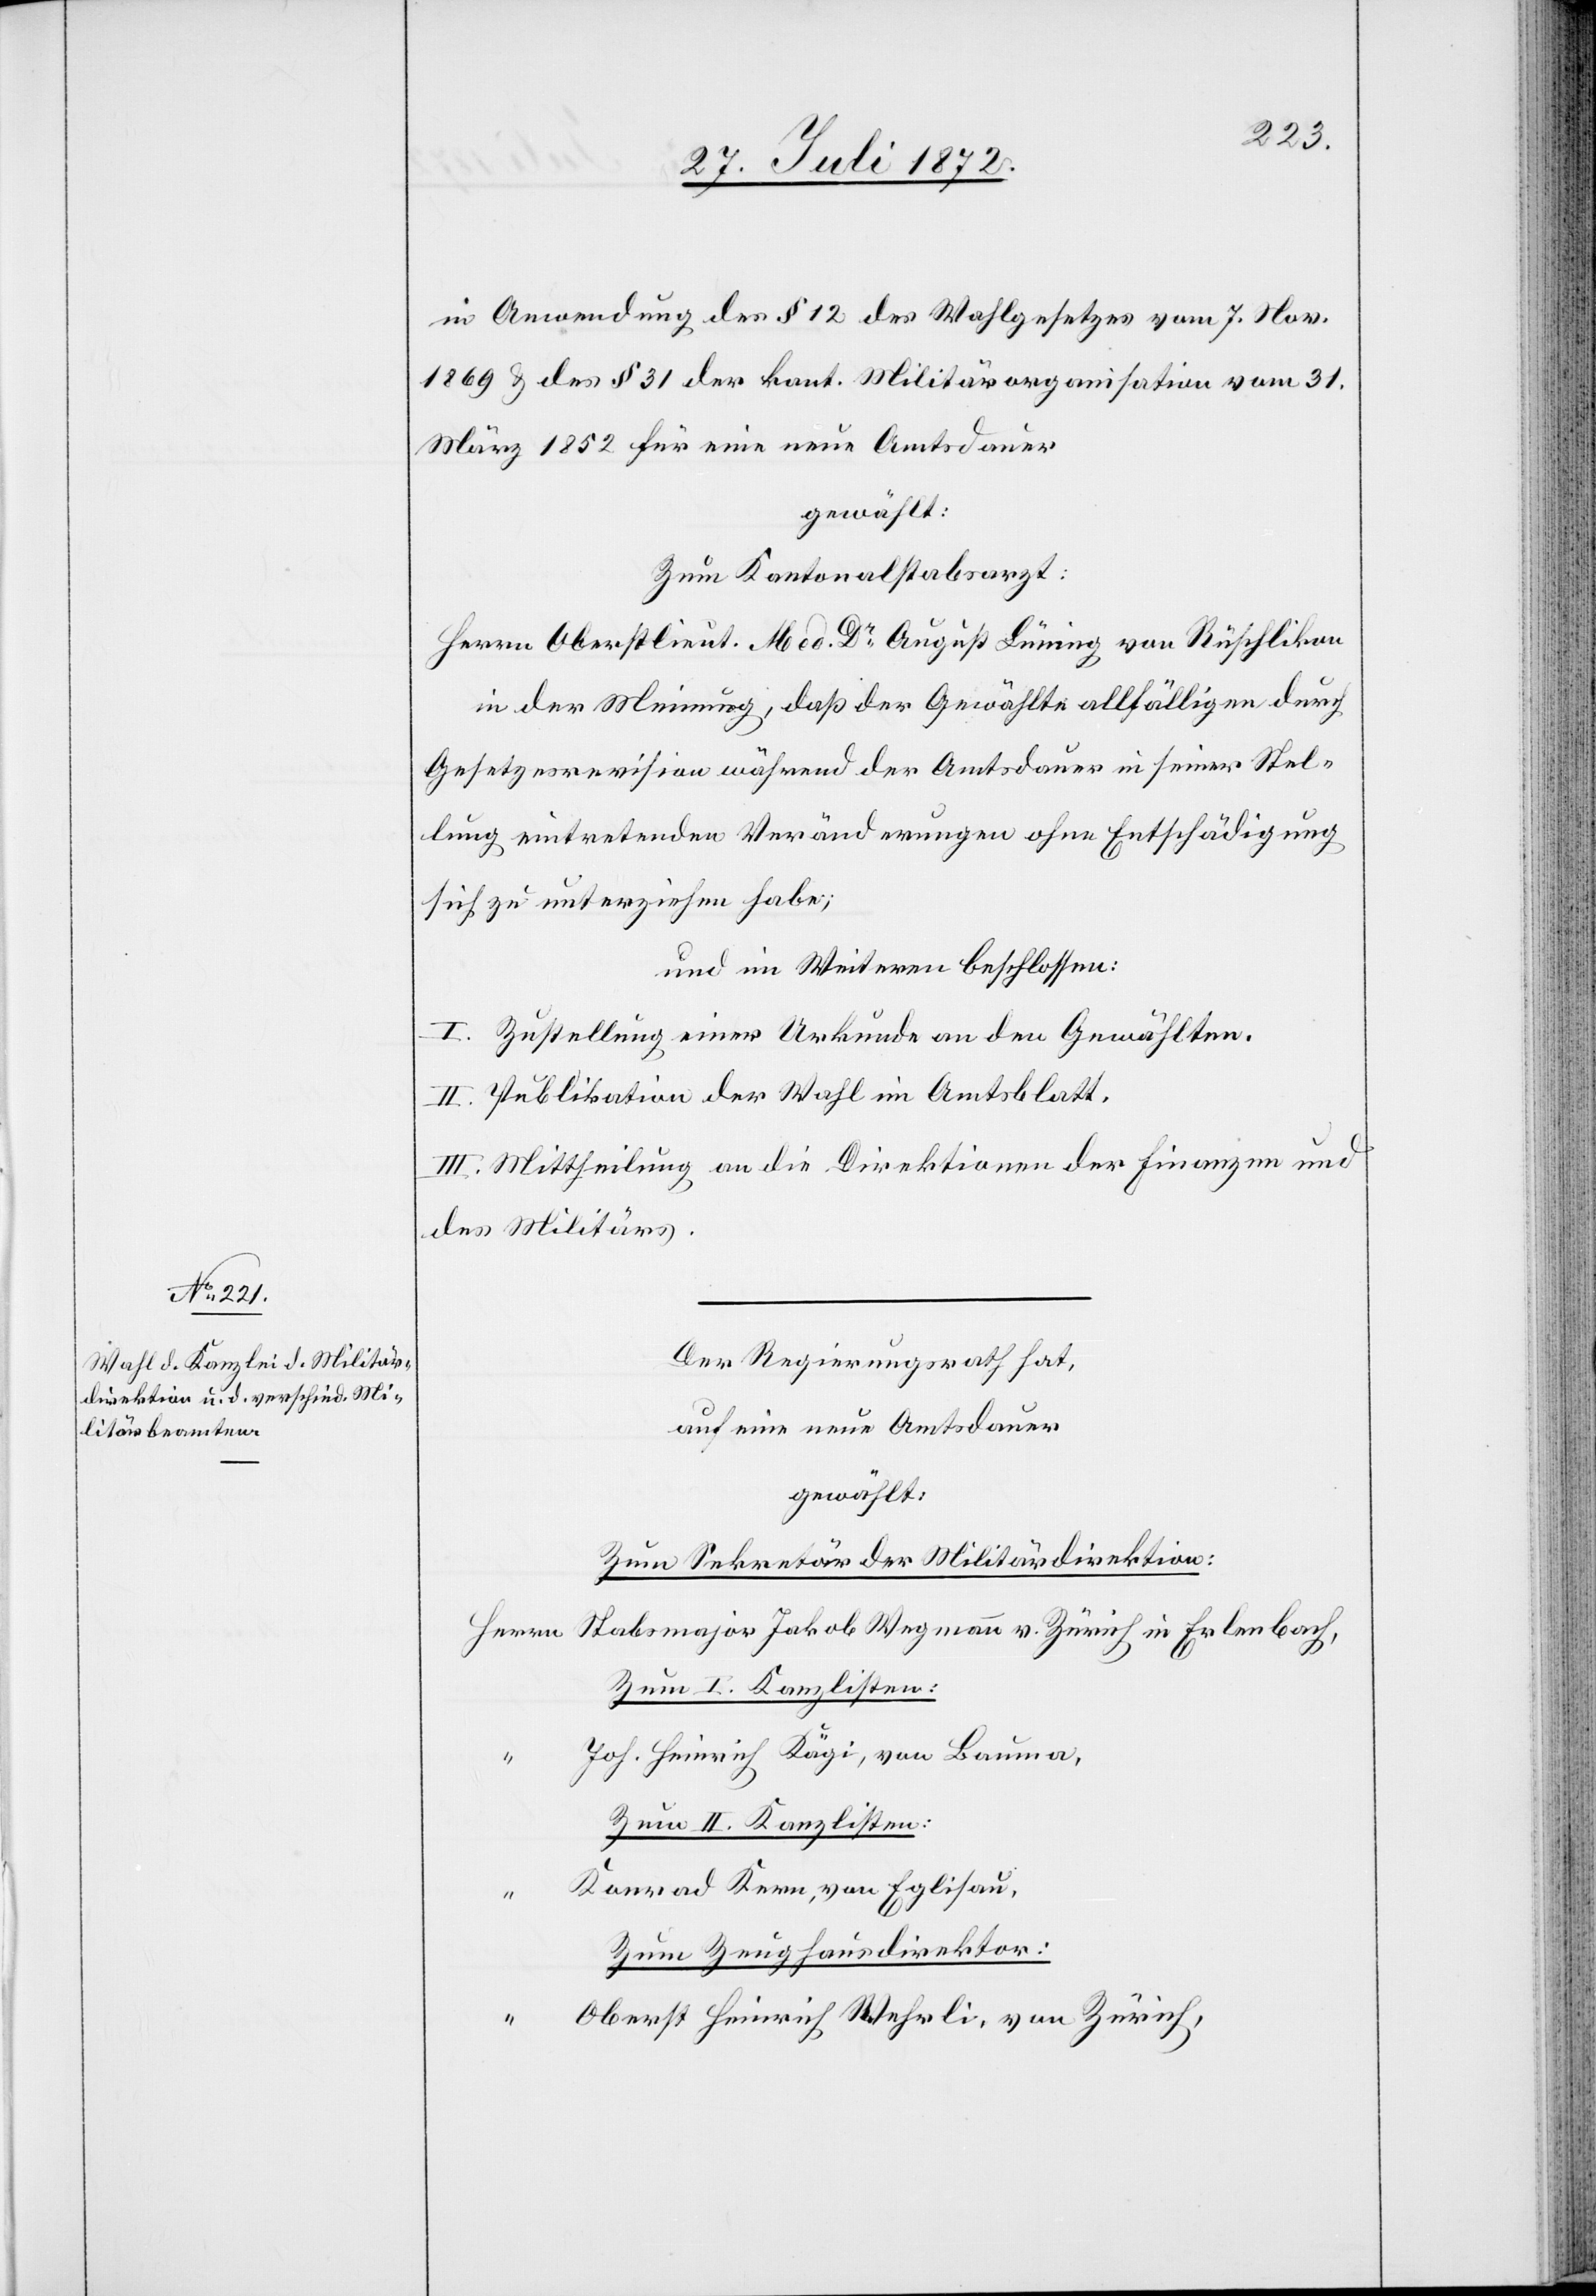
in Anwendung des § 12 des Wahlgesetzes vom 7. Nov.
1869 u. des § 31 der kant. Militärorganisation vom 31.
März 1852 für eine neue Amtsdauer
gewählt:
Zum Kantonalstabsarzt:
Herrn Oberstlieut. Med. Dr August Lüning [sic!] von Rüschlikon
in der Meinung, daß der Gewählte allfälligen durch
Gesetzesrevision während der Amtsdauer in seiner Stel¬
lung eintretenden Veränderungen ohne Entschädigung
sich zu unterziehen habe;
und im Weiteren beschlossen:
I. Zustellung einer Urkunde an den Gewählten.
II. Publikation der Wahl im Amtsblatt.
III. Mittheilung an die Direktionen der Finanzen und
des Militärs.
Der Regierungsrath hat,
auf eine neue Amtsdauer
gewählt:
Zum Sekretär der Militärdirektion:
Herrn Stabsmajor Jakob Wegmann v. Zürich in Erlenbach,
Zum I. Kanzlisten:
Joh. Heinrich Kägi, von Bauma,
Zum II. Kanzlisten:
Konrad Kern, von Eglisau,
Zum Zeughausdirektor:
“
Oberst Heinrich Wehrli, von Zürich,